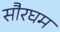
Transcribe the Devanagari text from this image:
सौरघम